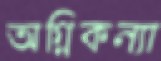
অগ্নিকন্যা